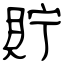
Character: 貯